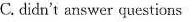
C. didn't answer questions